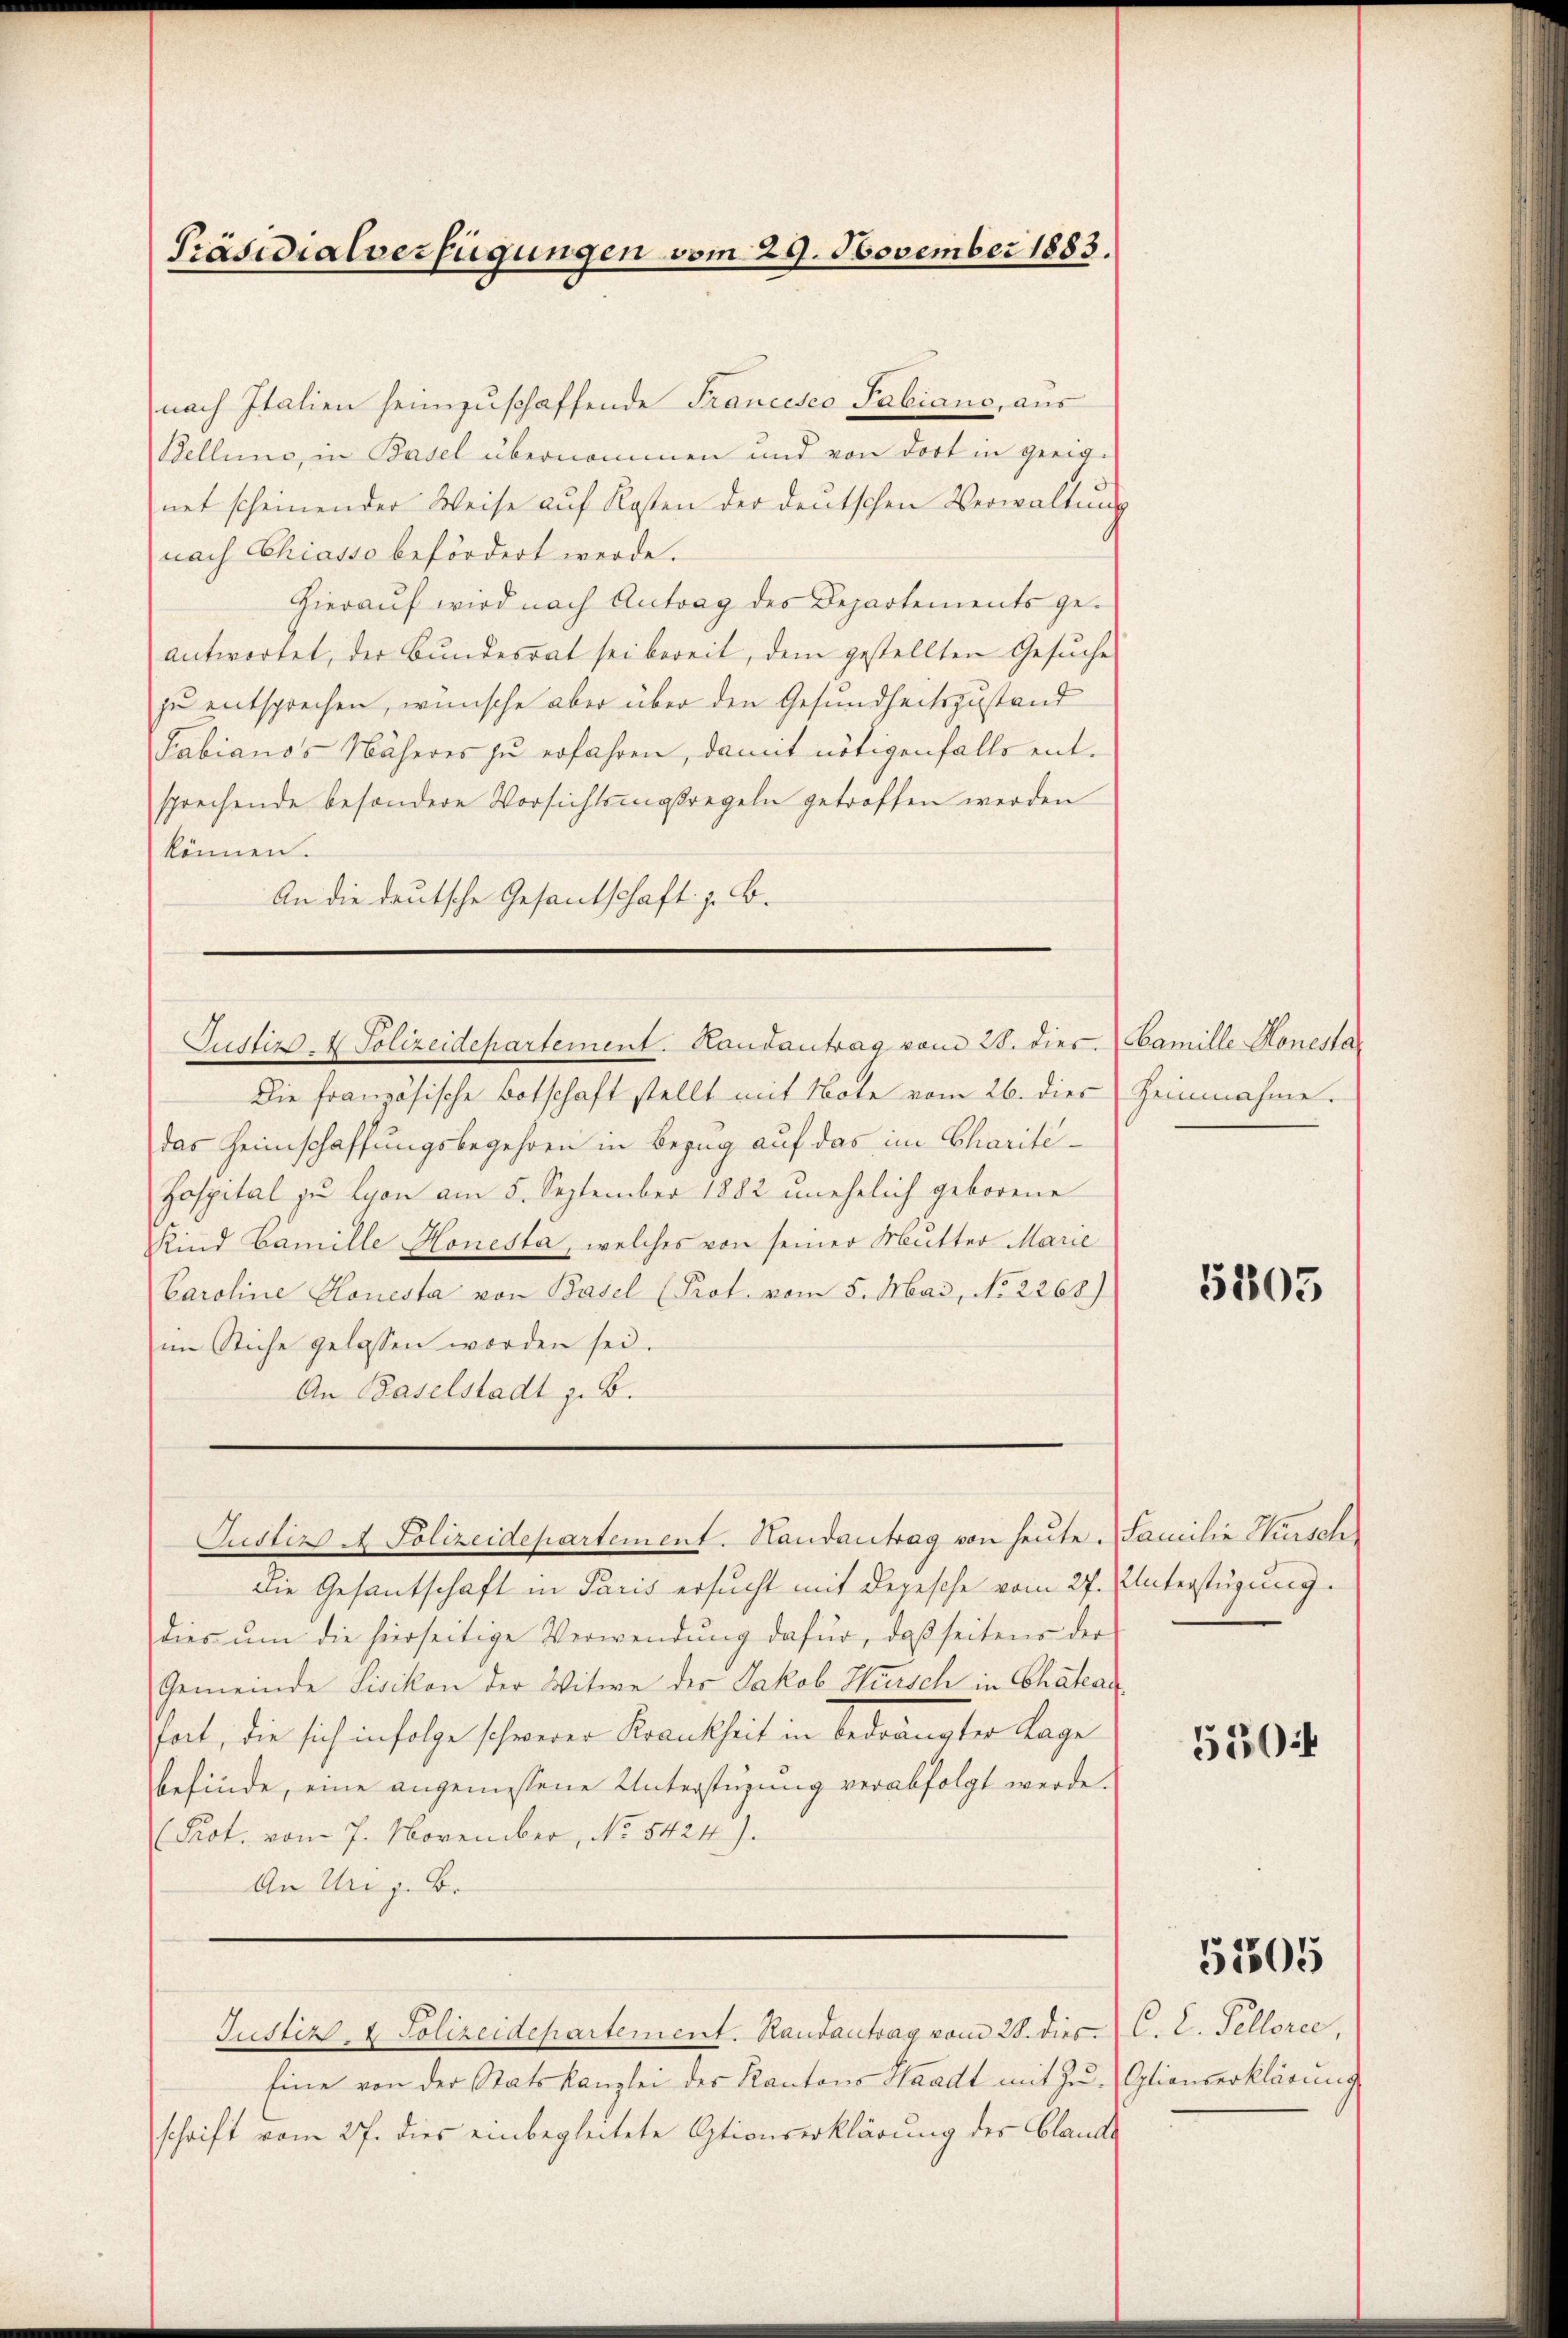
Präsidialverfügungen vom 29. November 1883.

nach Italien heimzuschaffende Francesco Fabiano, aus
Bellene, in Basel übernommen und von dort in geeige
net scheinender Weise aŭf Kosten der deutschen Verwaltŭng
nach Chiasso befördert werde.
Hierauf wird nach Antrag des Departements geantwortet, der Bundesrat sei bereit, dem gestellten Gesŭche
zu entsprechen, wünsche aber über den Gesundheitszustand
Fabianos Näheres zu erfahren, damit nötigenfalls entsprechende besondere Vorsichtsmassregeln getroffen werden
können.
An die deutsche Gesantschaft z. B.

Justiz - Polizeidepartement. Handantrag vom 28. dies. Camille Honesta

Die französische Botschaft stellt mit Note vom 26. dies Heinnahme.
das Heimschaffungsbegehren in Bezug auf das im Charité¬
Hospital zu Lyon am 5. September 1882 unehelich geborene
Kind Camille Honesta, welches von seiner Mutter Marie
Caroline Honesta von Basel (Prot. vom 5. Mai, No. 2268)
im Stiche gelassen worden sei.
An Baselstadt z. B.

Justizs A Polizeidepartement. Handantrag von heute. Familie Würsch

die Gesantschaft in Paris ersucht mit Depesche vom 27. Unterstüzung.
dies um die hierseitige Verwendung dafür, daß seitens der
Gemeinde Sisikon der Witwe der Jakob Hirsch in Chateau
tat, die sich infolge schwerer Krankheit in bedrängter Lage
befinde, eine angemessene Unterstüzung verabfolgt werde.
(Pot. vom 7. November, No 5424).
An Ung. Br

Justiz- & Polizeidepartement. Randantrag vom 28. dies C. C. Pellorce.

Eine von der Statskanzlei des Kantons Waadt mit Zu- Glionserklärung
schrift vom 27. dies einbegleitete Otionserklärung der Claude

5805

5504

51505